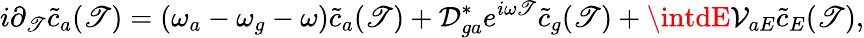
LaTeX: i\partial_{\mathscr{T}}\tilde{{c}}_{a}(\mathscr{T})=(\omega_{a}-\omega_{g}-\omega)\tilde{{c}}_{a}(\mathscr{T})+\mathcal{{D}}_{ga}^{*}e^{i\omega\mathscr{T}}\tilde{{c}}_{g}(\mathscr{T})+\intdE\mathcal{{V}}_{aE}\tilde{{c}}_{E}(\mathscr{T}),